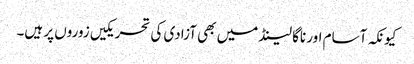
کیونکہ آسام اور ناگا لینڈ میں بھی آزادی کی تحریکیں زوروں پر ہیں۔